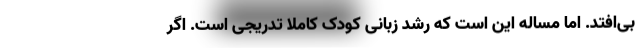
بی‌افتد. اما مساله این است که رشد زبانی کودک کاملاُ تدریجی است. اگر